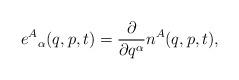
LaTeX: \begin{align*}e^A{}_\alpha (q,p,t)=\frac{\partial }{\partial q^\alpha }n^A(q,p,t),\end{align*}